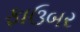
ફાઉબર